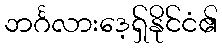
ဘင်္ဂလားဒေ့ရှ်နိုင်ငံ၏